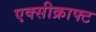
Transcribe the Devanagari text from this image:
एक्सीक्राफ्ट